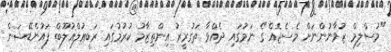
"މުސްލިމް ޒުވާނުންނަށް މެސެޖެއް"ގެ ނަމުގައި ދެއްވާ ތަގުރީރު އިންތިޒާމު ކުރުމުގައި ރަބީޢުލްޣުލޫބް ފައުންޑޭޝަން